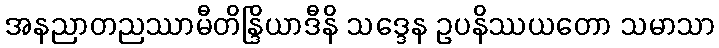
အနညာတညဿာမီတိန္ဒြိယာဒီနိ သဒ္ဒေန ဥပနိဿယတော သမာသာ